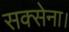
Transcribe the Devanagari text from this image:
सक्सेना।